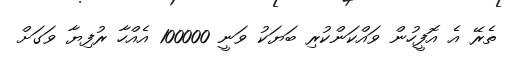
ތެރޭ އެ އޮފީހުން ވައްކަންކުރި ބަޔަކު ވަނީ 100000 އެއްހާ ރުފިޔާ ވަގަށް